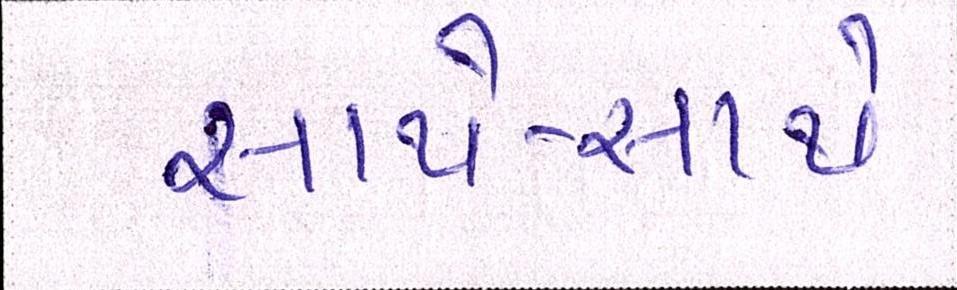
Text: સાથે-સાથે